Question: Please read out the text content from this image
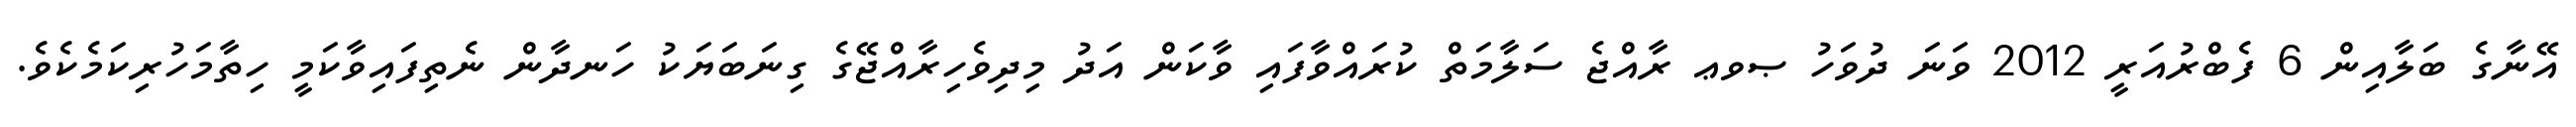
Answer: އޭނާގެ ބަލާއިން 6 ފެބްރުއަރީ 2012 ވަނަ ދުވަހު ޞވޢ ރާއްޖެ ސަލާމަތް ކުރައްވާފައި ވާކަން އަދު މިދިވެހިރާއްޖޭގެ ގިނަބަޔަކު ހަނދާން ނެތިފައިވާކަމީ ހިތާމަހުރިކަމެކެވެ.